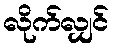
လိုက်လျှင်